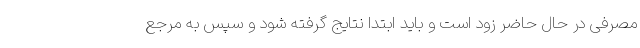
مصرفی در حال حاضر زود است و باید ابتدا نتایج گرفته شود و سپس به مرجع